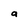
Character: a